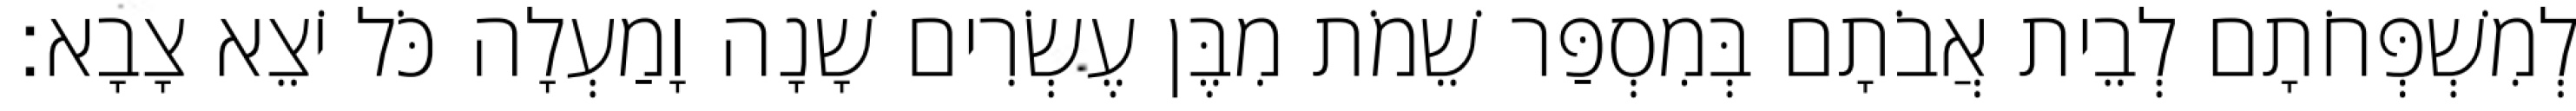
לְמִשְׁפְּחֹתָם לְבֵית אֲבֹתָם בְּמִסְפַּר שֵׁמֹת מִבֶּן עֶשְׂרִים שָׁנָה וָמַעְלָה כֹּל יֹצֵא צָבָא׃